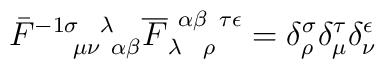
\bar{F}^{-1 \sigma ~~\lambda}_{~~~~\mu \nu ~\alpha \beta}\overline F_{\lambda~~\rho}^{~\alpha \beta ~ \tau \epsilon} =\delta^\sigma_\rho \delta^\tau_\mu \delta^\epsilon_\nu